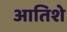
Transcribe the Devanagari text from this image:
आतिशे